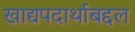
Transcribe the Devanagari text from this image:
खाद्यपदार्थाबद्दल